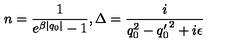
n = \frac { 1 } { e ^ { \beta | q _ { 0 } | } - 1 } , { \Delta } = \frac { i } { q _ { 0 } ^ { 2 } - { q _ { 0 } ^ { \prime } } ^ { 2 } + i \epsilon }